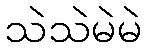
သဲသဲမဲမဲ